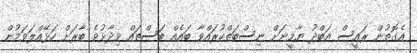
އެގޮތުން ރައީސް އަބްދު ޔާމީނަށް ނިސްބަތްކުރައްވާ ބައެއް ބަސްތައް ވިދާޅުވެ ބާރަށް ހަޅޭއްލަވަމުން